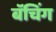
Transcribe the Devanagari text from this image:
बॅचिंग